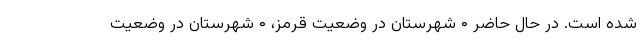
شده است. در حال حاضر ۰ شهرستان در وضعیت قرمز، ۰ شهرستان در وضعیت